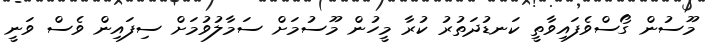
މޫސުން ގޯސްވެފައިވާތީ ކަނޑުދަތުރު ކުރާ މީހުން މޫސުމަށް ސަމާލުވުމަށް ސިފައިން ވެސް ވަނީ